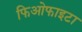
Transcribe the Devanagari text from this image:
फिओफाइटा